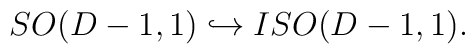
SO(D-1,1)\hookrightarrow ISO(D-1,1).